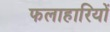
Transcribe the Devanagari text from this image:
फलाहारियों